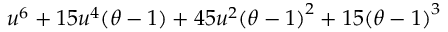
u ^ { 6 } + 1 5 u ^ { 4 } ( \theta - 1 ) + 4 5 u ^ { 2 } { ( \theta - 1 ) } ^ { 2 } + 1 5 { ( \theta - 1 ) } ^ { 3 }